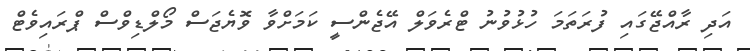
އަދި ރާއްޖޭގައި ފުރަތަމަ ހުޅުވުނު ޓްރެވަލް އޭޖެންސީ ކަމަށްވާ ވޮޔެޖަސް މޯލްޑިވްސް ޕްރައިވެޓް